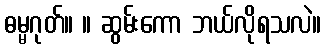
ဓမ္မဂုတ်။ ။ ဆွမ်းကော ဘယ်လိုရသလဲ။